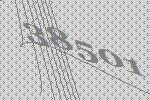
38501